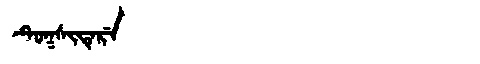
Manchu: ᡨᡠᡴᠰᡳᡨᡝᡵᡝ
Romanization: TUKSITERE